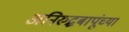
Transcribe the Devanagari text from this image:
अनिरुद्धबापूंच्या